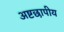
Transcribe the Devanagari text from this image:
अष्टछापीय